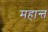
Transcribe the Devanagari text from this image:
महान्त